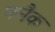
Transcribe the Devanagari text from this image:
फ्नैक